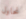
نحاول